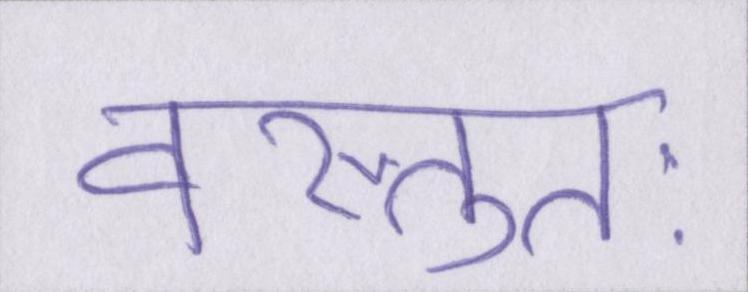
वस्तुतः